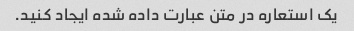
یک استعاره در متن عبارت داده شده ایجاد کنید.